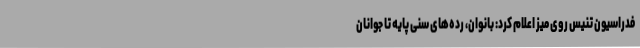
فدراسیون تنیس روی میز اعلام کرد: بانوان، رده‌های سنی پایه تا جوانان